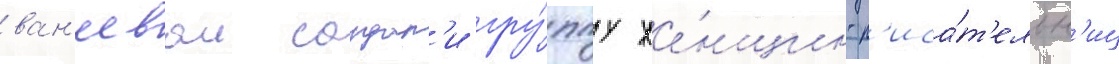
ван'еевои создал'и гру́ппу же́нщин-п'иса́т'ельн'иц